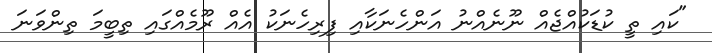
"ކައި ތީ ކުޑަކުއްޖެއް ނޫނެއްނު އަންހެނަކާއި ފިރިހެނަކު އެއް ރޫމެއްގައި ތިބީމަ ތިންވަނަ